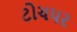
ટોચપર